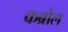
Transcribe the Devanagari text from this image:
कब्रोल